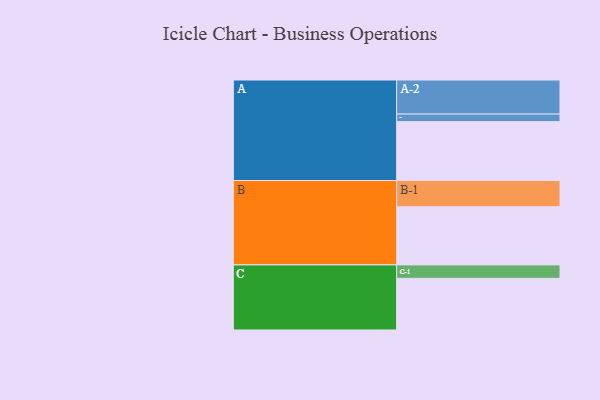
{"axis": {"x": "Segment", "y": "Value"}, "legend": ["", "A", "B", "C"], "data": [{"x": "A", "y": 482, "type": ""}, {"x": "B", "y": 476, "type": ""}, {"x": "C", "y": 423, "type": ""}, {"x": "A-1", "y": 62, "type": "A"}, {"x": "A-2", "y": 279, "type": "A"}, {"x": "B-1", "y": 215, "type": "B"}, {"x": "C-1", "y": 110, "type": "C"}]}